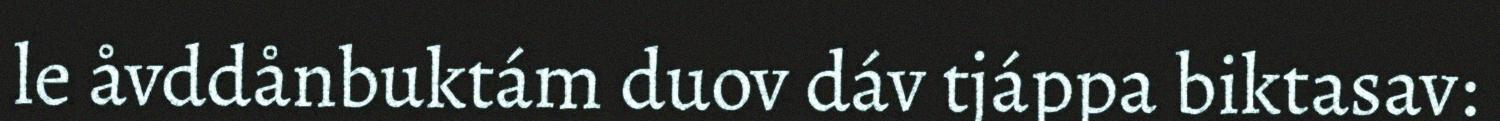
le åvddånbuktám duov dáv tjáppa biktasav: